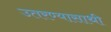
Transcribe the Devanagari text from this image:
उतरण्यासाथी